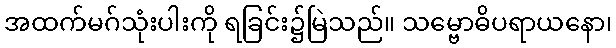
အထက်မဂ်သုံးပါးကို ရခြင်း၌မြဲသည်။ သမ္ဗောဓိပရာယနော၊